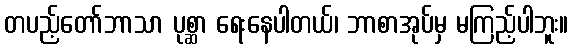
တပည့်တော်ဘာသာ ပုစ္ဆာ ရေးနေပါတယ်၊ ဘာစာအုပ်မှ မကြည့်ပါဘူး။